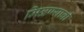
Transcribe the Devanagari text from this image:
मिळण्यावी